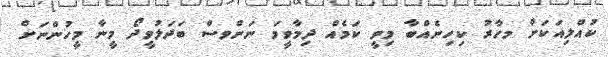
ކުއްލިއަކަށް މހާރު ކިހިނެއްބާ މިވީ ކަމެއް ދިމާވީމަ ނަންވސް ބަދަލުވީދޯ މީނާ މީހުންނަށް